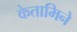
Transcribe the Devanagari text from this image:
केतामिने